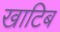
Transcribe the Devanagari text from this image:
खाटिब